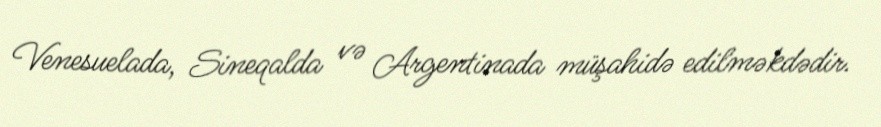
Venesuelada, Sineqalda və Argentinada müşahidə edilməkdədir.